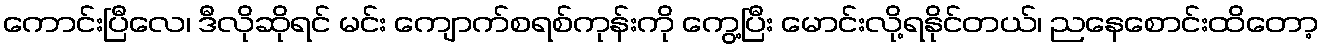
ကောင်းပြီလေ၊ ဒီလိုဆိုရင် မင်း ကျောက်စရစ်ကုန်းကို ကွေ့ပြီး မောင်းလို့ရနိုင်တယ်၊ ညနေစောင်းထိတော့